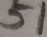
5 1